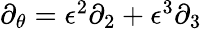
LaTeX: \begin{array}{r}{\partial_{\theta}=\epsilon^{2}\partial_{2}+\epsilon^{3}\partial_{3}}\end{array}